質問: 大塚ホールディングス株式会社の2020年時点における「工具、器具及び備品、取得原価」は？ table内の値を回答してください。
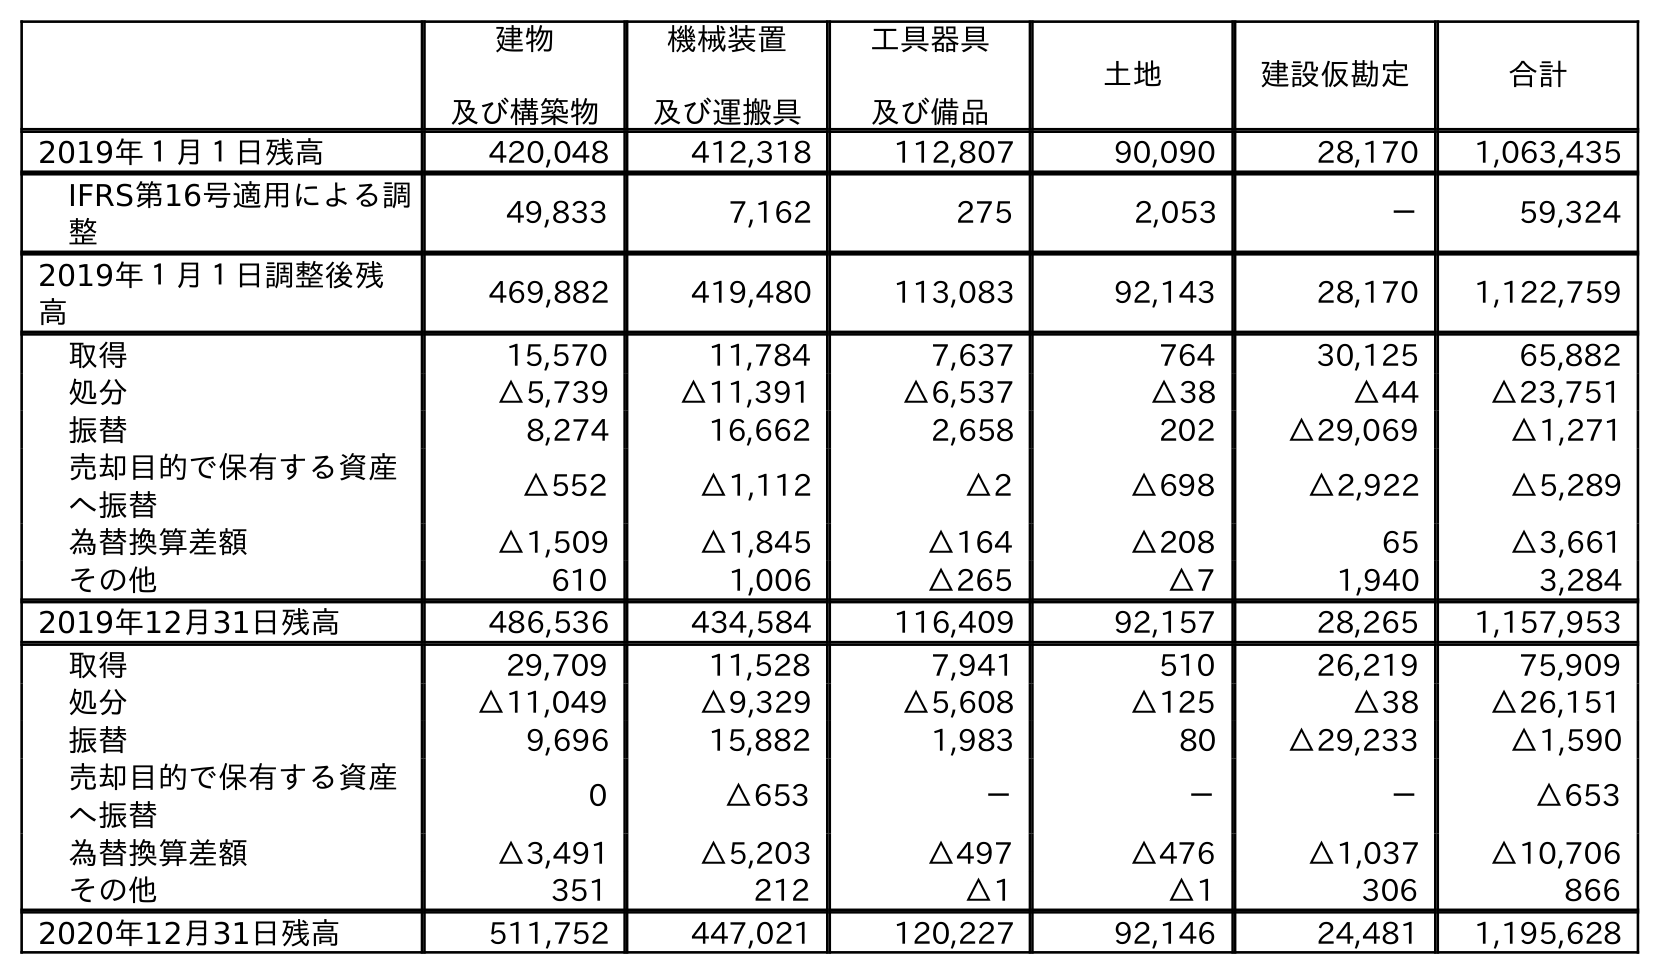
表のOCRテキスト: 建物 及び構築物 機械装置 及び運搬具 工具器具 及び備品 土地 建設仮勘定 合計 2019年１月１日残高 420,048 412,318 112,807 90,090 28,170 1,063,435 IFRS第16号適用による調 整 49,833 7,162 275 2,053 － 59,324 2019年１月１日調整後残 高 469,882 419,480 113,083 92,143 28,170 1,122,759 取得 15,570 11,784 7,637 764 30,125 65,882 処分 △5,739 △11,391 △6,537 △38 △44 △23,751 振替 8,274 16,662 2,658 202 △29,069 △1,271 売却目的で保有する資産 へ振替 △552 △1,112 △2 △698 △2,922 △5,289 為替換算差額 △1,509 △1,845 △164 △208 65 △3,661 その他 610 1,006 △265 △7 1,940 3,284 2019年12月31日残高 486,536 434,584 116,409 92,157 28,265 1,157,953 取得 29,709 11,528 7,941 510 26,219 75,909 処分 △11,049 △9,329 △5,608 △125 △38 △26,151 振替 9,696 15,882 1,983 80 △29,233 △1,590 売却目的で保有する資産 へ振替 0 △653 － － － △653 為替換算差額 △3,491 △5,203 △497 △476 △1,037 △10,706 その他 351 212 △1 △1 306 866 2020年12月31日残高 511,752 447,021 120,227 92,146 24,481 1,195,628
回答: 120,227